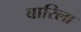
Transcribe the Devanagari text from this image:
बारिला